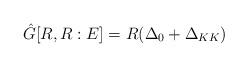
LaTeX: \begin{align*}\hat{G}[R, R: E] = R (\Delta_0 + \Delta_{KK})\end{align*}